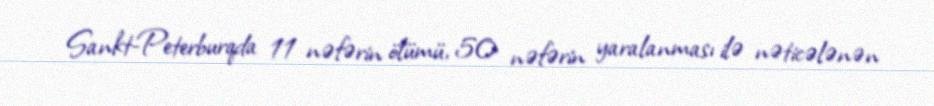
Sankt-Peterburqda 11 nəfərin ölümü, 50 nəfərin yaralanması ilə nəticələnən